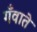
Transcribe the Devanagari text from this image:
गँवाते